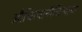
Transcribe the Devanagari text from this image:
औचित्यानौचित्याचा